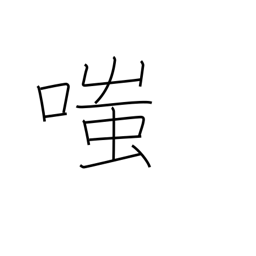
Meaning: laugh